Scottish Certificate of Education, 1962
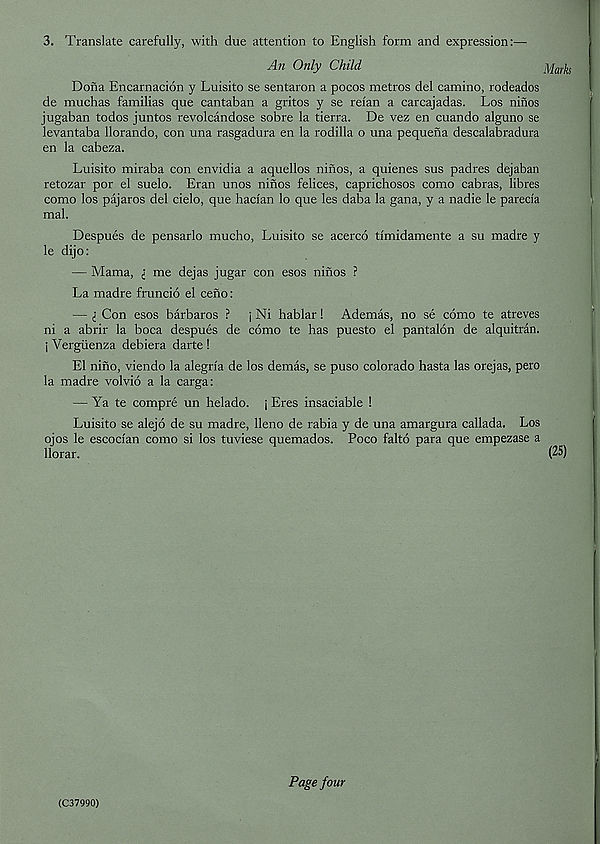
3. Translate carefully, with due attention to English form and expression:—
An Only Child
Dona Encarnacion y Luisito se sentaron a pocos metros del camino, rodeados
de muchas familias que cantaban a gritos y se reian a carcajadas. Los ninos
jugaban todos juntos revolcandose sobre la tierra. De vez en cuando alguno se
levantaba llorando, con una rasgadura en la rodilla o una pequena descalabradura
en la cabeza.
Luisito miraba con envidia a aquellos ninos, a quienes sus padres dejaban
retozar por el suelo. Eran unos ninos felices, caprichosos como cabras, libres
como los pajaros del cielo, que hacian lo que les daba la gana, y a nadie le paretia
mal.
Despues de pensarlo mucho, Luisito se acerco timidamente a su madre y
le dijo:
— Mama, l me dejas jugar con esos ninos ?
La madre fruncio el ceno:
— Con esos barbaros ? j Ni hablar! Ademas, no se como te atreves
ni a abrir la boca despues de como te has puesto el pantalon de alquitran.
j Vergiienza debiera darte !
El nino, viendo la alegria de los demas, se puso Colorado hasta las orejas, pero
la madre volvio a la carga:
— Ya te compre un helado. j Eres insaciable !
Luisito se alejo de su madre, lleno de rabia y de una amargura callada. Los
ojos le escocfan como si los tuviese quemados. Poco falto para que empezase a
llorar.
Marks
(25)
(C37990)
Page four